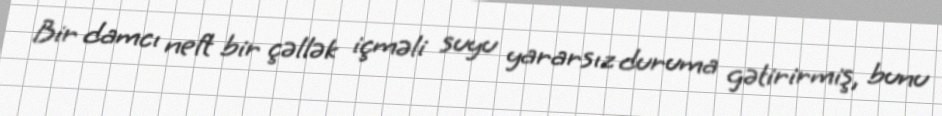
Bir damcı neft bir çəllək içməli suyu yararsız duruma gətirirmiş, bunu